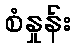
စံနှုန်း